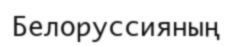
Белоруссияның